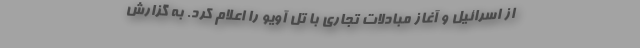
از اسرائیل و آغاز مبادلات تجاری با تل آویو را اعلام کرد. به گزارش